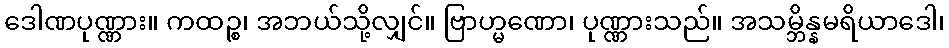
ဒေါဏပုဏ္ဏား။ ကထဉ္စ၊ အဘယ်သို့လျှင်။ ဗြာဟ္မဏော၊ ပုဏ္ဏားသည်။ အသမ္ဘိန္နမရိယာဒေါ၊